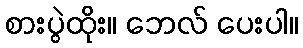
စားပွဲထိုး။ ဘေလ် ပေးပါ။